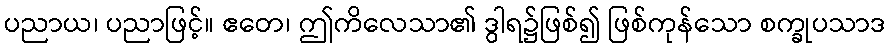
ပညာယ၊ ပညာဖြင့်။ ဧတေ၊ ဤကိလေသာ၏ ဒွါရ၌ဖြစ်၍ ဖြစ်ကုန်သော စက္ခုပသာဒ